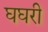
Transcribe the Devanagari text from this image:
घघरी